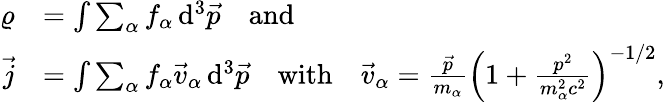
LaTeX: \begin{array}{rl}{\varrho}&{=\int\sum_{\alpha}f_{\alpha}\operatorname{d}^{3}\! \vec{p}\quad\mathrm{and}}\\ {\vec{j}}&{=\int\sum_{\alpha}f_{\alpha}\vec{v}_{\alpha}\operatorname{d}^{3}\! \vec{p}\quad\mathrm{with}\quad\vec{v}_{\alpha}=\frac{\vec{p}}{m_{\alpha}}\left(1+\frac{p^{2}}{m_{\alpha}^{2}c^{2}}\right)^{-1/2},}\end{array}